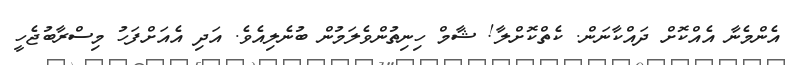
އެންމެނާ އެއްކޮށް ދައްކާނަން. ކެތްކޮށްލާ! ޝާމް ހިނިތުންވެލަމުން ބުނެލިއެވެ. އަދި އެއަށްފަހު މިސްރާބުޖެހީ